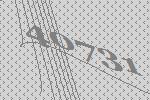
40731